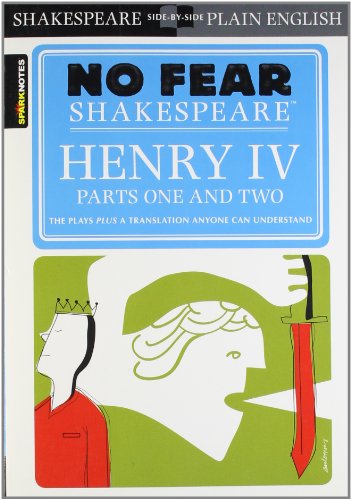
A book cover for Henry IV , Parts One and Two(No Fear Shakespeare); William Shakespeare; Literature & Fiction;